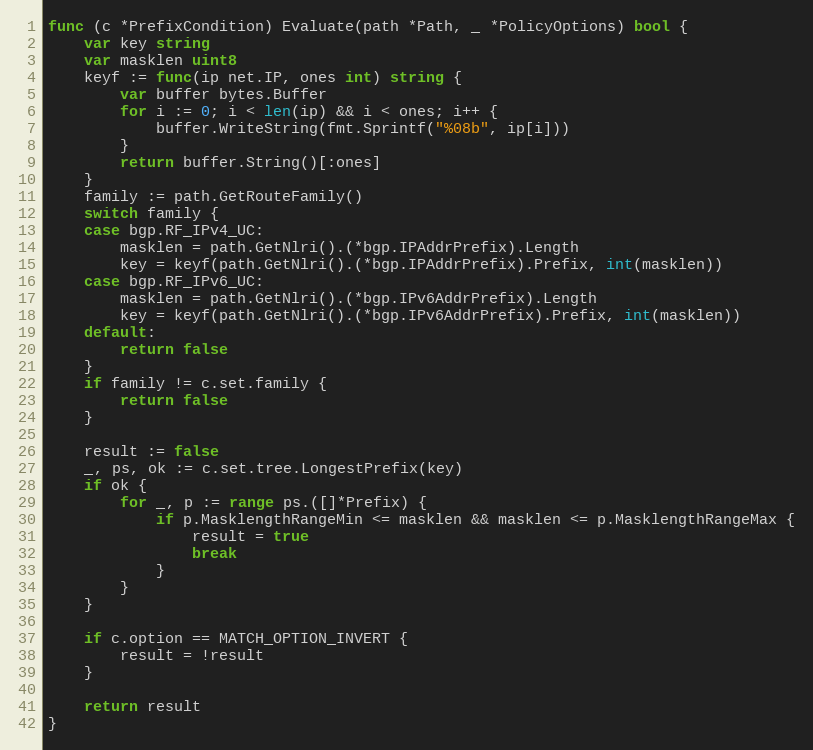
Language: Go
func (c *PrefixCondition) Evaluate(path *Path, _ *PolicyOptions) bool {
	var key string
	var masklen uint8
	keyf := func(ip net.IP, ones int) string {
		var buffer bytes.Buffer
		for i := 0; i < len(ip) && i < ones; i++ {
			buffer.WriteString(fmt.Sprintf("%08b", ip[i]))
		}
		return buffer.String()[:ones]
	}
	family := path.GetRouteFamily()
	switch family {
	case bgp.RF_IPv4_UC:
		masklen = path.GetNlri().(*bgp.IPAddrPrefix).Length
		key = keyf(path.GetNlri().(*bgp.IPAddrPrefix).Prefix, int(masklen))
	case bgp.RF_IPv6_UC:
		masklen = path.GetNlri().(*bgp.IPv6AddrPrefix).Length
		key = keyf(path.GetNlri().(*bgp.IPv6AddrPrefix).Prefix, int(masklen))
	default:
		return false
	}
	if family != c.set.family {
		return false
	}

	result := false
	_, ps, ok := c.set.tree.LongestPrefix(key)
	if ok {
		for _, p := range ps.([]*Prefix) {
			if p.MasklengthRangeMin <= masklen && masklen <= p.MasklengthRangeMax {
				result = true
				break
			}
		}
	}

	if c.option == MATCH_OPTION_INVERT {
		result = !result
	}

	return result
}